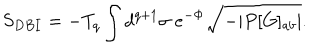
S _ { D B I } = - T _ { q } \int d ^ { q + 1 } \sigma \; e ^ { - \Phi } \sqrt { - | P [ G ] _ { a b } | } .